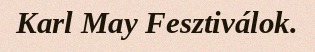
Karl May Fesztiválok.